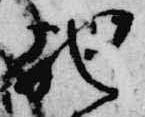
馳